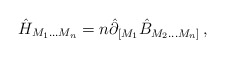
\begin{align*}\hat{H}_{M_1\ldots M_n} =n \hat{\partial}_{[M_1} \hat{B}_{M_2 \ldots M_n ]} \,,\end{align*}